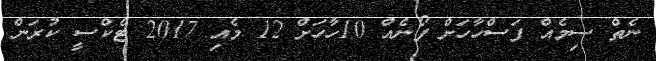
ނެތް ސިމެއް ފަސްހާހަށް ފޯނެއް 10ހާހަށް 12 މެއި 2017 ޓެކްސީ ކުރަން